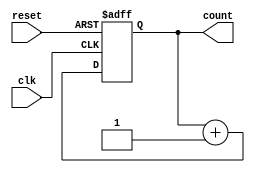
module cascaded_counter (
    input wire clk,
    input wire reset,
    output reg [3:0] count
);

reg [3:0] counter1;
reg [3:0] counter2;
reg [3:0] counter3;

always @(posedge clk or posedge reset) begin
    if (reset) begin
        counter1 <= 4'b0000;
        counter2 <= 4'b0000;
        counter3 <= 4'b0000;
    end else begin
        counter1 <= counter1 + 4'b0001;
        if (counter1 == 4'b1111) begin
            counter2 <= counter2 + 4'b0001;
            if (counter2 == 4'b1111) begin
                counter3 <= counter3 + 4'b0001;
            end
        end
    end
end

assign count = {counter3, counter2, counter1};

endmodule